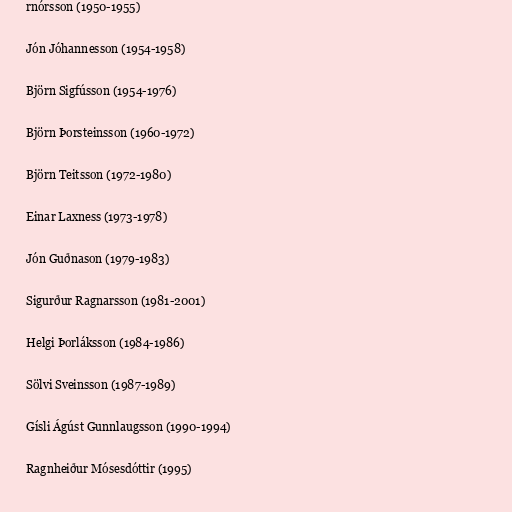
rnórsson (1950-1955)

Jón Jóhannesson (1954-1958)

Björn Sigfússon (1954-1976)

Björn Þorsteinsson (1960-1972)

Björn Teitsson (1972-1980)

Einar Laxness (1973-1978)

Jón Guðnason (1979-1983)

Sigurður Ragnarsson (1981-2001)

Helgi Þorláksson (1984-1986)

Sölvi Sveinsson (1987-1989)

Gísli Ágúst Gunnlaugsson (1990-1994)

Ragnheiður Mósesdóttir (1995)